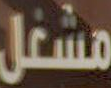
مشغل